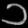
Digit: ၁